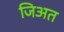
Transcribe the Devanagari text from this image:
जिअत